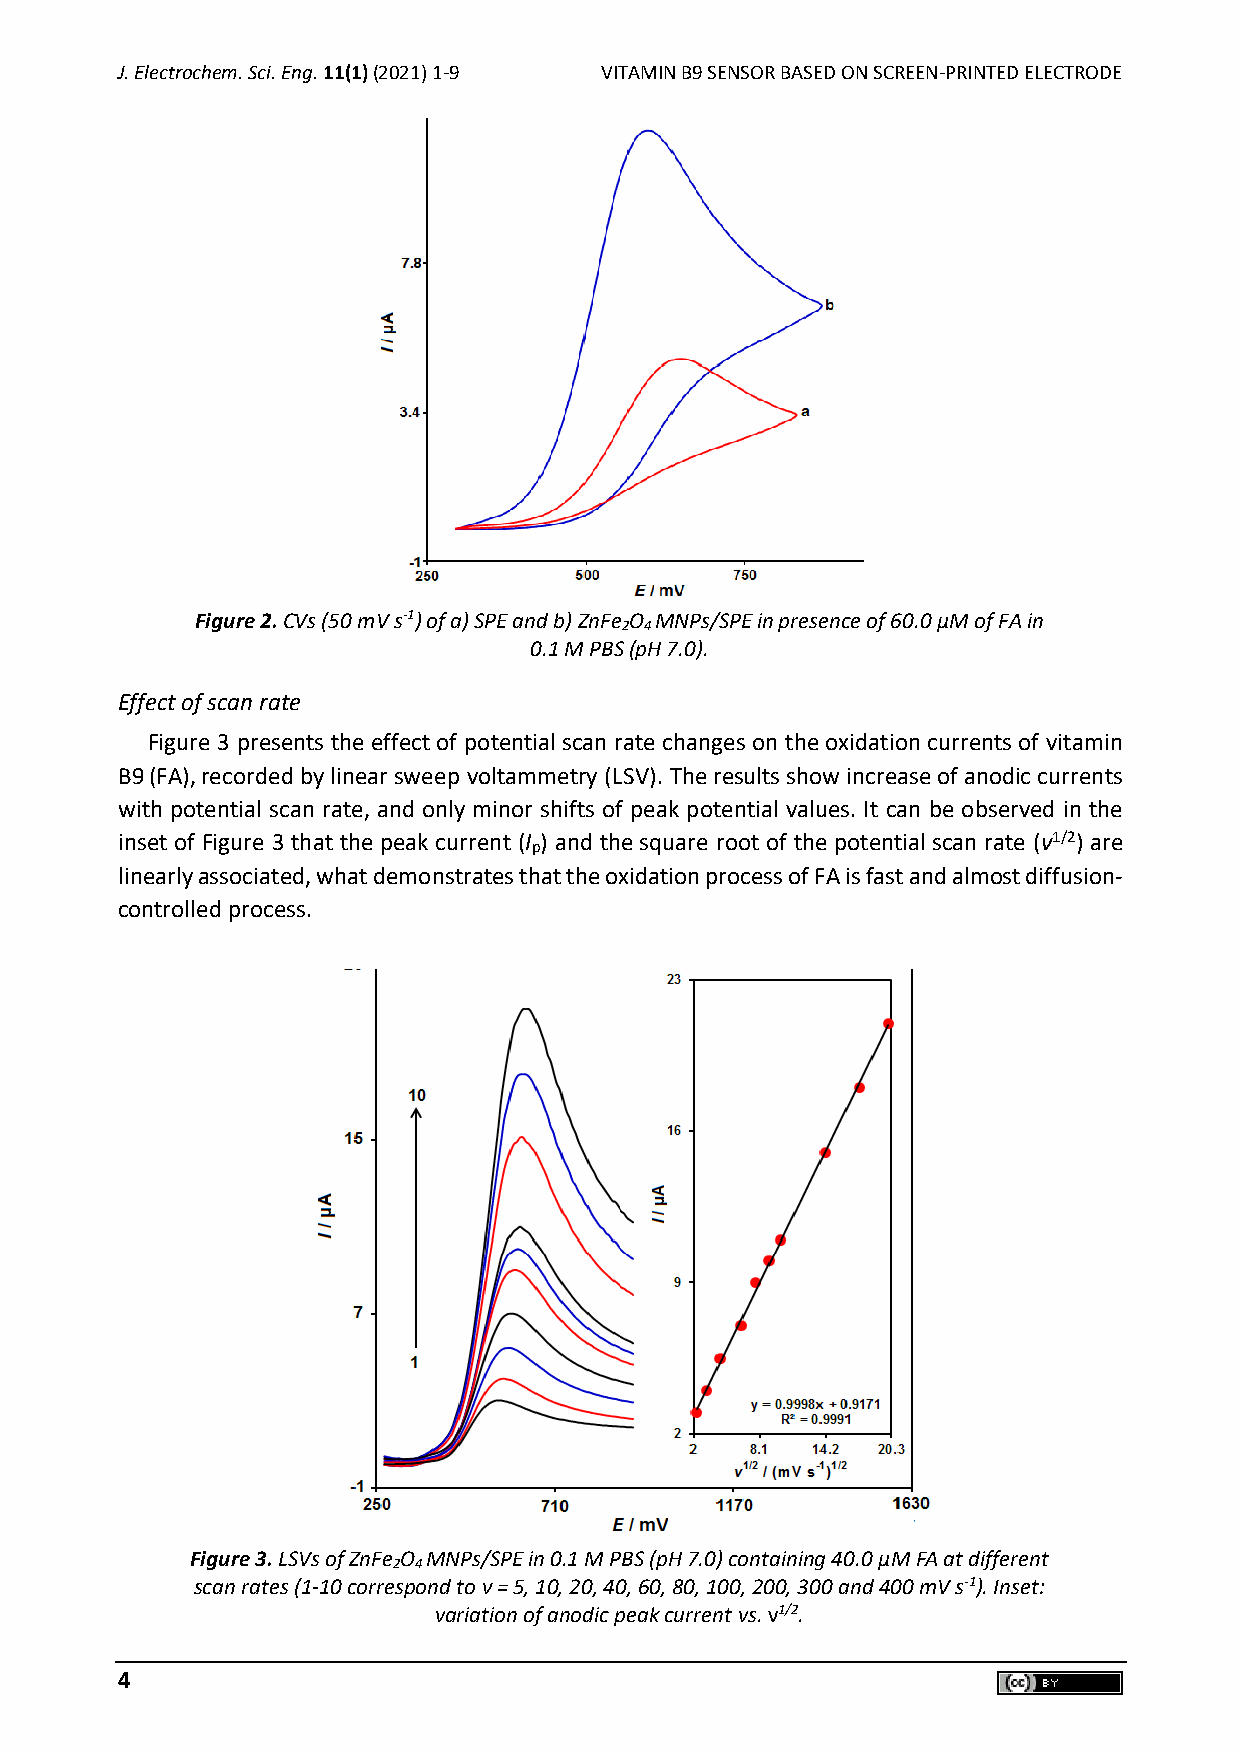
J. Electrochem. Sci. Eng. 11(1) (2021) 1-9 VITAMIN B9 SENSOR BASED ON SCREEN-PRINTED ELECTRODE
 Figure 2. CVs (50 mV s-1) of a) SPE and b) ZnFe O MNPs/SPE in presence of 60.0 µM of FA in
 2 4
 0.1 M PBS (pH 7.0).
 Effect of scan rate
 Figure 3 presents the effect of potential scan rate changes on the oxidation currents of vitamin
 B9(FA),recorded by linear sweep voltammetry (LSV). The results show increase of anodic currents
 with potential scan rate, and only minor shifts of peak potential values. It can be observed in the
 inset of Figure 3 that the peak current (I ) and the square root of the potential scan rate (ν1/2) are
 p
 linearly associated, what demonstrates that the oxidation process of FA is fast and almost diffusion-
 controlled process.
 Figure 3. LSVs of ZnFe O MNPs/SPE in 0.1 M PBS (pH 7.0) containing 40.0 μM FA at different
 2 4
 scan rates (1-10 correspond to ν = 5, 10, 20, 40, 60, 80, 100, 200, 300 and 400 mV s-1). Inset:
 variation of anodic peak current vs. ν1/2.
 4